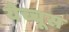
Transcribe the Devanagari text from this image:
येच्चूस